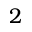
2